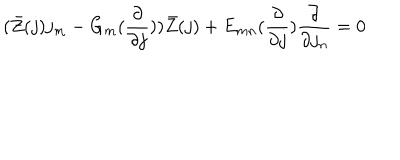
LaTeX: ( \bar { Z } ( j ) j _ { m } - G _ { m } ( \frac { \partial } { \partial j } ) ) \bar { Z } ( j ) + E _ { m n } ( \frac { \partial } { \partial j } ) \frac { \partial } { \partial j _ { n } } = 0